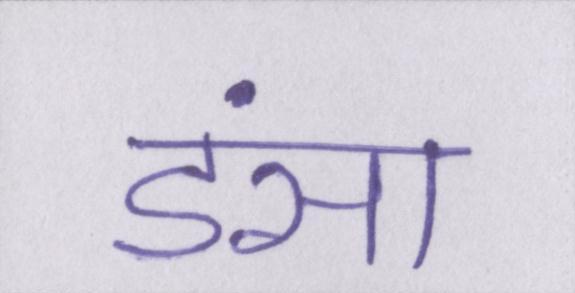
डंसा